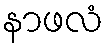
နာဖလံ